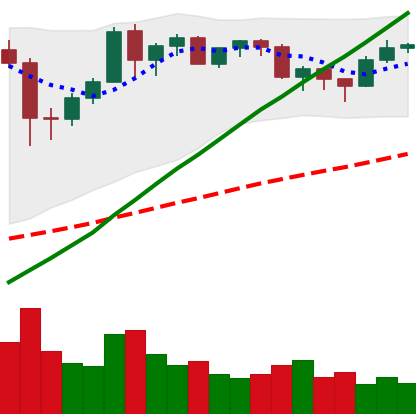
Ticker: BTC-USD
Chart end date: 2020-12-14
Forward return: 24.021%
Label: up_7plus